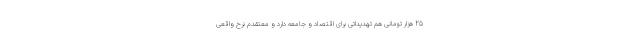
25 هزار تومانی هم تهدیداتی برای اقتصاد و جامعه دارد و معتقدم نرخ واقعی